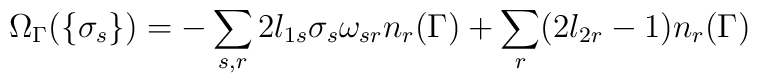
\Omega_\Gamma(\{\sigma_s\})=-\sum_{s,r}2l_{1s} \sigma_s\omega_{sr}n_r(\Gamma)+ \sum_r(2l_{2r}-1)n_r(\Gamma)